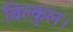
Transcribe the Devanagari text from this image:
बिल्कुल।